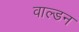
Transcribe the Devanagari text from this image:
वाल्डन